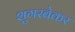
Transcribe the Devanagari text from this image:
शुगरबेकर